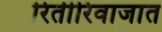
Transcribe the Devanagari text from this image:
रितीरिवाजात